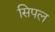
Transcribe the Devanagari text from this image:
सिपल